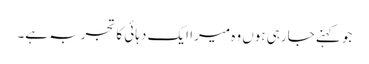
جو کہنے جارہی ہوں وہ میرا ایک دہائی کا تجربہ ہے۔